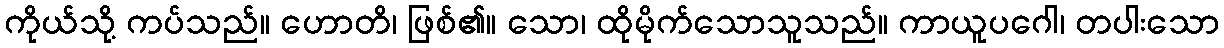
ကိုယ်သို့ ကပ်သည်။ ဟောတိ၊ ဖြစ်၏။ သော၊ ထိုမိုက်သောသူသည်။ ကာယူပဂေါ၊ တပါးသော